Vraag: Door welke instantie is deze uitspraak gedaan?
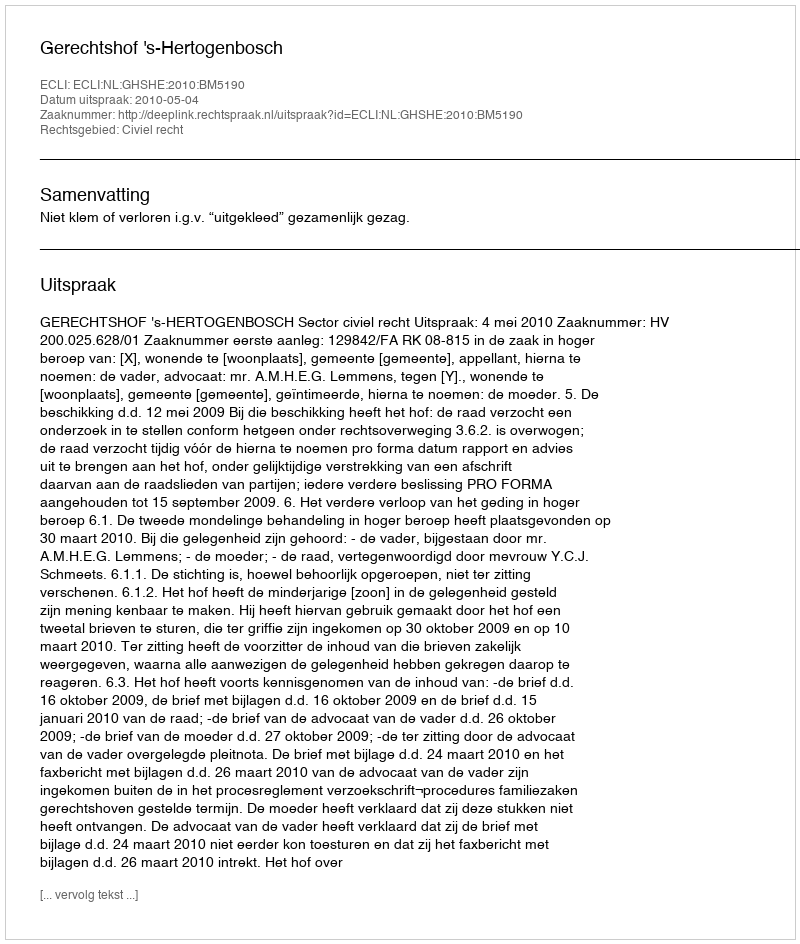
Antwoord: Gerechtshof 's-Hertogenbosch